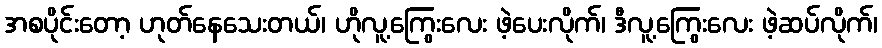
အစပိုင်းတော့ ဟုတ်နေသေးတယ်၊ ဟိုလူ့ကြွေးလေး ဖဲ့ပေးလိုက်၊ ဒီလူ့ကြွေးလေး ဖဲ့ဆပ်လိုက်၊